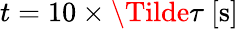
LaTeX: t=10\times\Tilde{\tau}\ \mathrm{[s]}